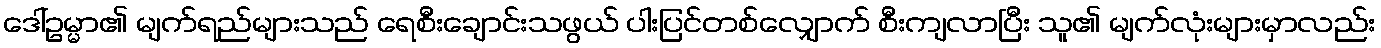
ဒေါ်ဥမ္မာ၏ မျက်ရည်များသည် ရေစီးချောင်းသဖွယ် ပါးပြင်တစ်လျှောက် စီးကျလာပြီး သူ၏ မျက်လုံးများမှာလည်း